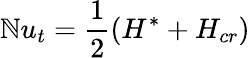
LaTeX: \mathbb{N}u_{t}=\frac{{1}}{{2}}\left(H^{*}+H_{cr}\right)